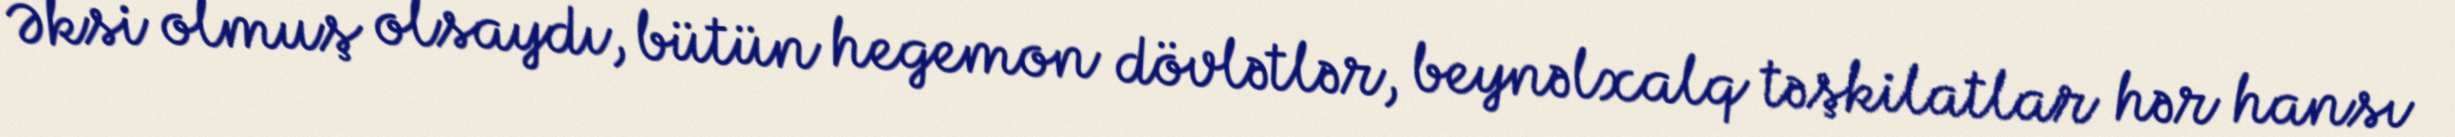
Əksi olmuş olsaydı, bütün hegemon dövlətlər, beynəlxalq təşkilatlar hər hansı